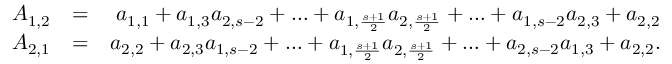
\begin{array} { r l r } { A _ { 1 , 2 } } & { = } & { a _ { 1 , 1 } + a _ { 1 , 3 } a _ { 2 , s - 2 } + \ldots + a _ { 1 , \frac { s + 1 } { 2 } } a _ { 2 , \frac { s + 1 } { 2 } } + \ldots + a _ { 1 , s - 2 } a _ { 2 , 3 } + a _ { 2 , 2 } } \\ { A _ { 2 , 1 } } & { = } & { a _ { 2 , 2 } + a _ { 2 , 3 } a _ { 1 , s - 2 } + \ldots + a _ { 1 , \frac { s + 1 } { 2 } } a _ { 2 , \frac { s + 1 } { 2 } } + \ldots + a _ { 2 , s - 2 } a _ { 1 , 3 } + a _ { 2 , 2 } . } \end{array}